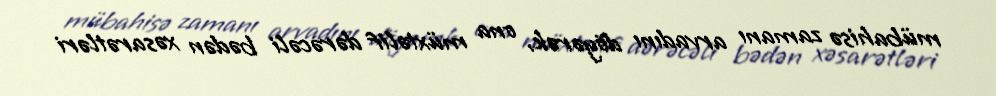
mübahisə zamanı arvadını döyərək, ona müxtəlif dərəcəli bədən xəsarətləri